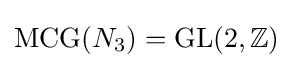
\operatorname {MCG} (N_{3})=\operatorname {GL} (2,\mathbb {Z} )